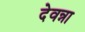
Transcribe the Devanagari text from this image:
देवन्ना